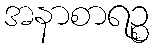
အနာစာရဉ္စ